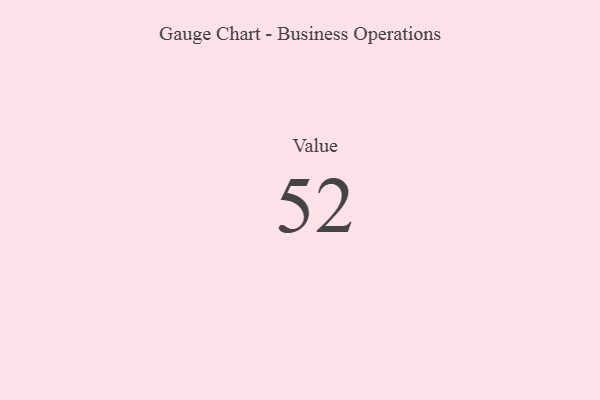
{"axis": {"x": "Metric", "y": "Value"}, "legend": [""], "data": [{"x": "Value", "y": 52, "type": ""}]}